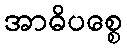
အာဓိပစ္စေ